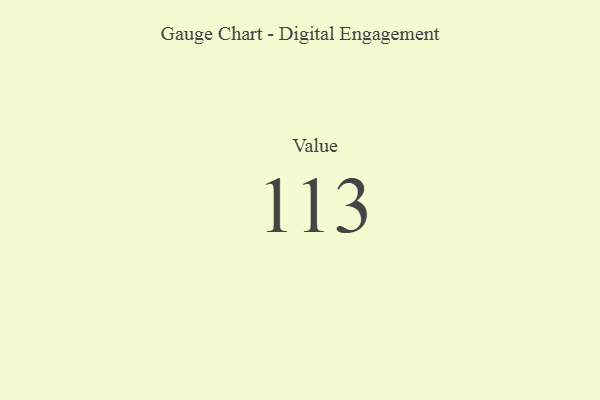
{"axis": {"x": "Metric", "y": "Value"}, "legend": [""], "data": [{"x": "Value", "y": 113, "type": ""}]}